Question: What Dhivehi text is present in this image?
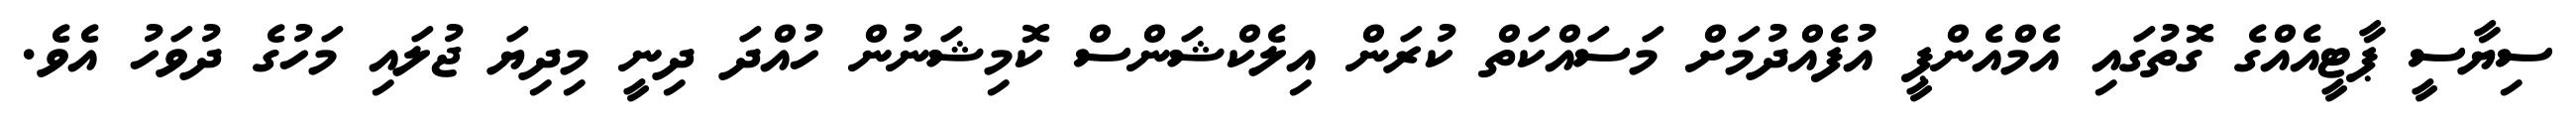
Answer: ސިޔާސީ ޕާޓީއެއްގެ ގޮތުގައި އެމްއެންޕީ އުފެއްދުމަށް މަސައްކަތް ކުރަން އިލެކްޝަންސް ކޮމިޝަނުން ހުއްދަ ދިނީ މިދިޔަ ޖުލައި މަހުގެ ދުވަހު އެވެ.